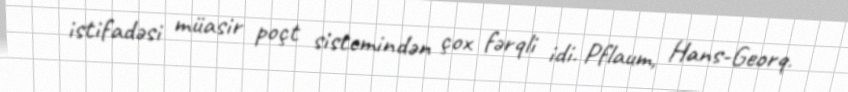
istifadəsi müasir poçt sistemindən çox fərqli idi. Pflaum, Hans-Georq.